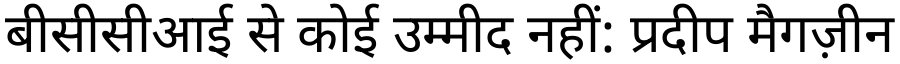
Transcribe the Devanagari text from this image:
बीसीसीआई से कोई उम्मीद नहीं: प्रदीप मैगज़ीन